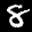
Label: 8